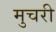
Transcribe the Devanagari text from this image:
मुचरी